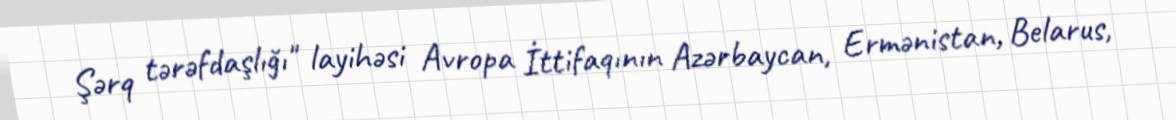
Şərq tərəfdaşlığı" layihəsi Avropa İttifaqının Azərbaycan, Ermənistan, Belarus,